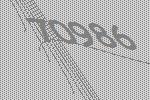
70986